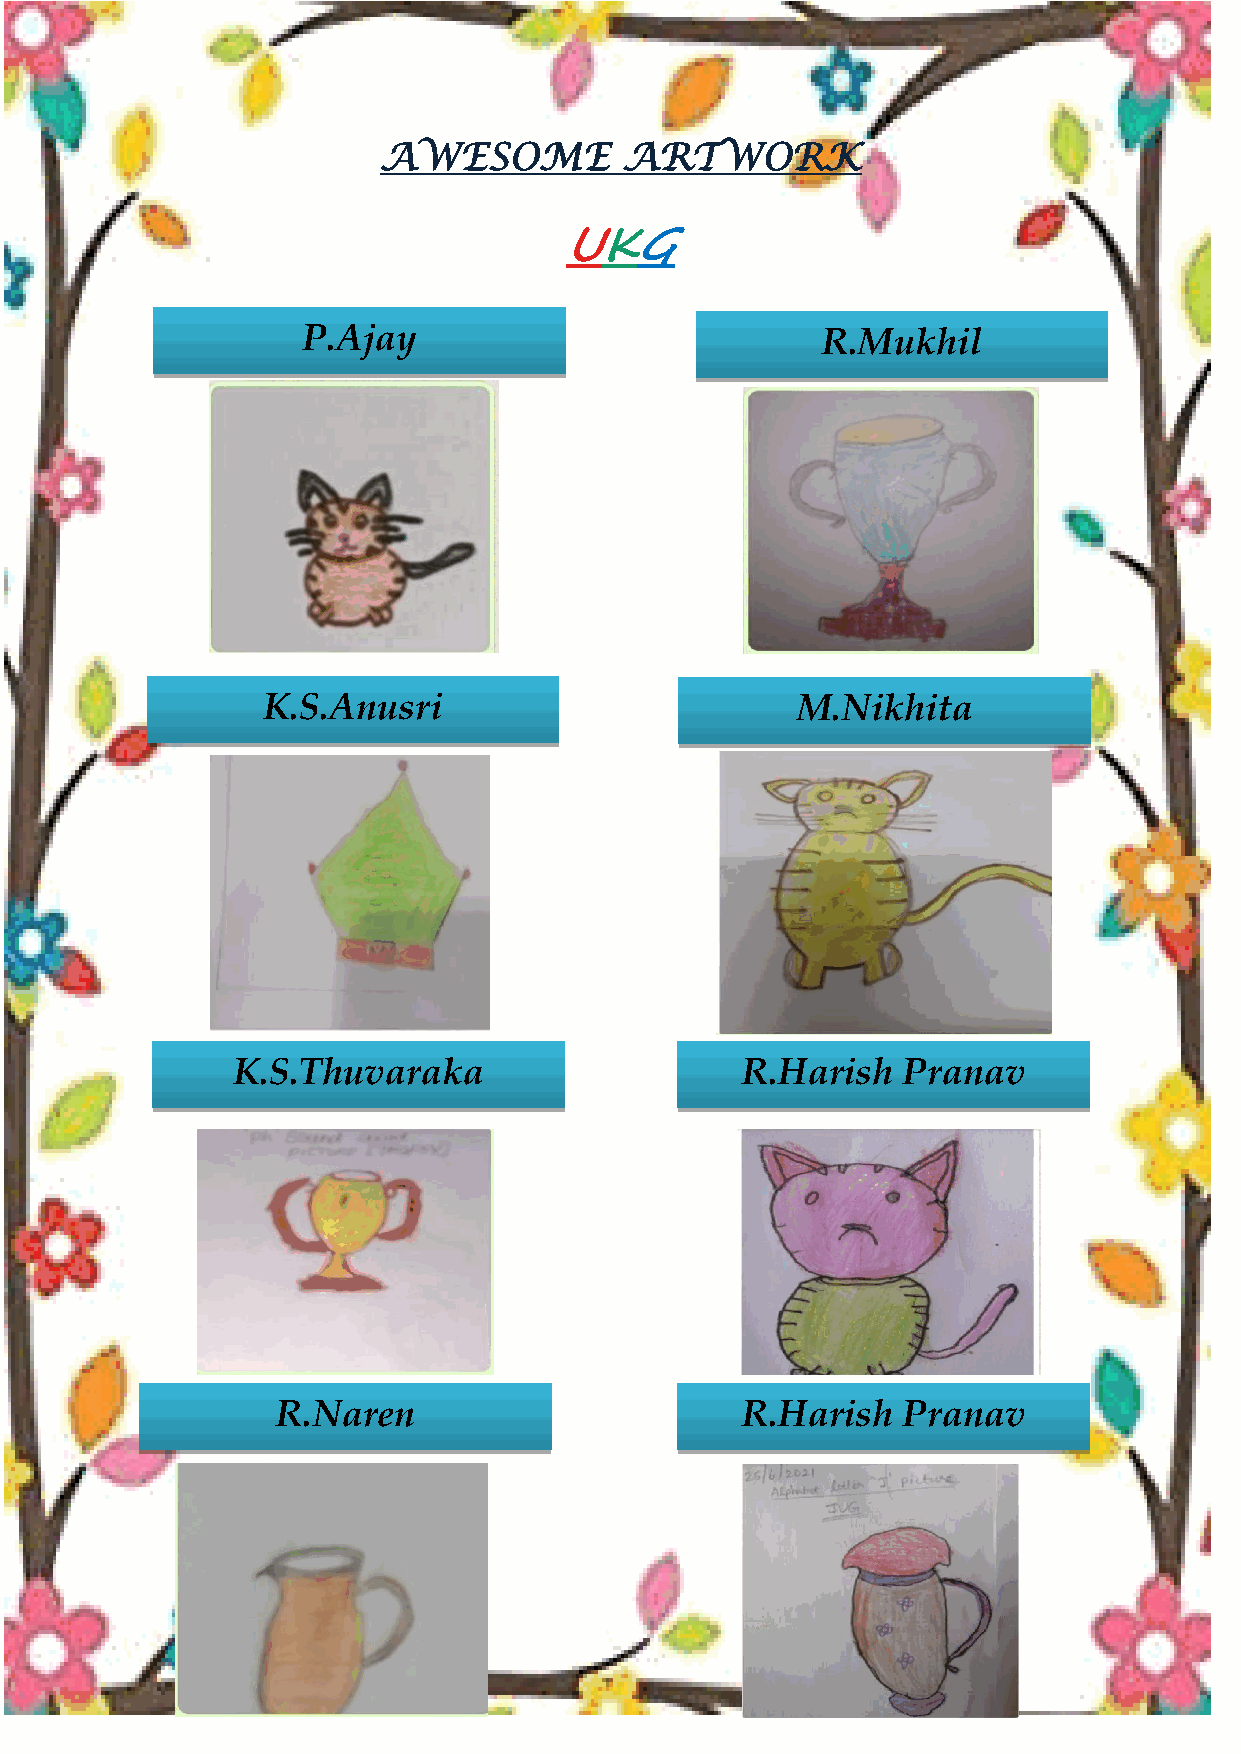
HONEY VIBES
 AWESOME         ARTWORK
 UKG
 P.Ajay                            R.Mukhil
 K.S.Anusri                          M.Nikhita
 K.S.Thuvaraka                     R.Harish   Pranav
 R.Naren                        R.Harish   Pranav
 20